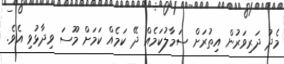
މެދު ދަރިވަރުން އިތުރަށް ސަމާލުކަމެއް ދޭ ކަމެއް ކަމަށް މޫސަ ވިދާޅުވި އެވެ.